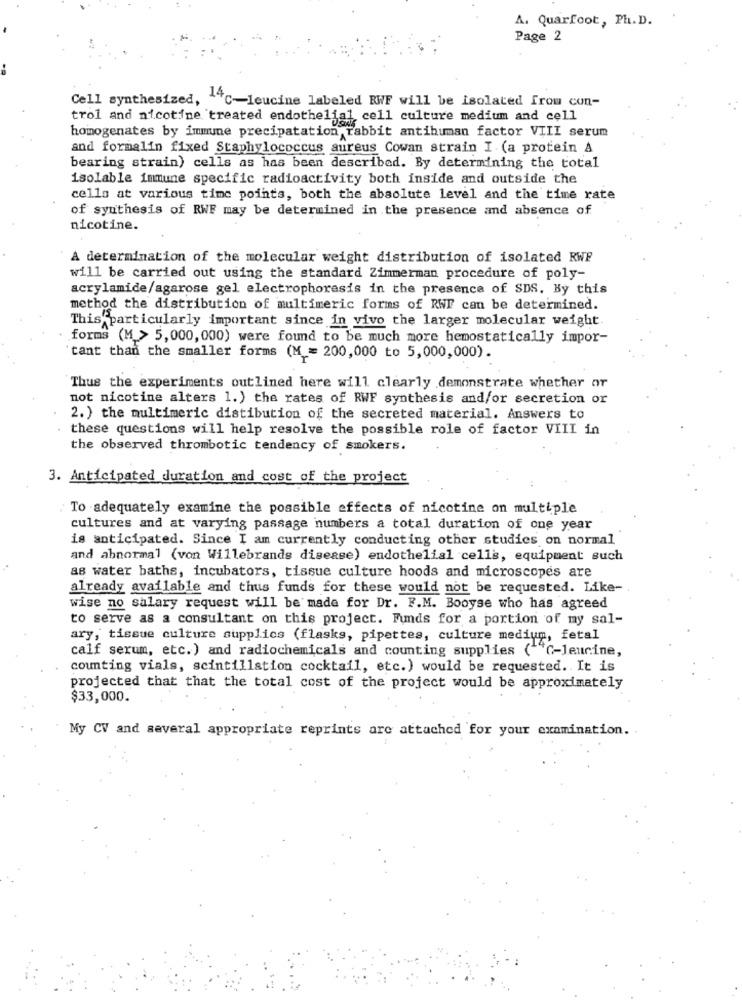
A. Quarfoot, Ph. D.
Page 2
Cell synthesized, 14℃-leucine labeled RWF will be isolated from con-
trol and nicotine treated endothelial cell culture medium and cell
homogenates by immune precipatation rabbit antihuman factor VIII serum
and formalin fixed Staphylococcus aureus Cowan strain I (a protein A
bearing strain) cells as has been described. By determining the total
isolable immune specific radioactivity both inside and outside the
cello at various time points, both the absolute level and the time rate
of synthesis of RWF may be determined in the presence and absence of
nicotine.
A determination of the molecular weight distribution of isolated RWP
will be carried out using the standard Zimmerman procedure of poly-
acrylamide/agarose gel electrophoresis in the presence of SDS. By this
method the distribution of multimeric forms of RWF can be determined.
This particularly important since in vivo the larger molecular weight
forms (M > 5,000, 000) were found to be much more hemostatically impor-
tant than the smaller forms (M = 200,000 to 5,000,000).
Thus the experiments outlined here will clearly demonstrate whether or
not nicotine alters 1.) the rates of RWF synthesis and/or secretion or
2. ) the multimeric distibution of the secreted material. Answers to
these questions will help resolve the possible role of factor VIII in
the observed thrombotic tendency of smokers.
3. Anticipated duration and cost of the project
To adequately examine the possible effects of nicotine on multiple
cultures and at varying passage numbers a total duration of one year
is anticipated. Since I am currently conducting other studies on normal
and abnormal (von Willebrands disease) endothelial cells, equipment such
as water baths, incubators, tissue culture hoods and microscopes are
already available and thus funds for these would not be requested. Like-
wise no salary request will be made for Dr. F.M. Booyse who has agreed
to serve as a consultant on this project. Funds for a portion of my sal-
ary, tissue culture supplics (flasks, pipettes, culture medium, fetal
calf serum, etc.) and radiochemicals and counting supplies (""C-leucine,
counting vials, scintillation cocktail, etc.) would be requested. It is
projected that that the total cost of the project would be approximately
$33,000.
My CV and several appropriate reprints are attached for your examination.